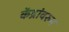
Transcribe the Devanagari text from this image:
केंद्रांवरुन